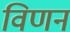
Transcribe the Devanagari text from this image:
विणन